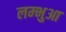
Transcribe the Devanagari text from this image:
लम्‍भुआ